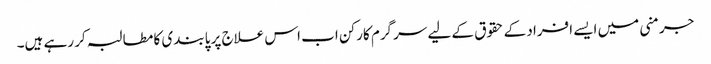
جرمنی میں ایسے افراد کے حقوق کے لیے سرگرم کارکن اب اس علاج پر پابندی کا مطالبہ کر رہے ہیں۔